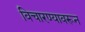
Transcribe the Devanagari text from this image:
विचारण्यावरून